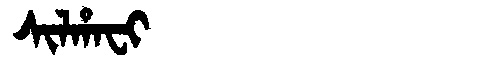
Manchu: ᠰᡳᠯᡥᠠᠸᡳ
Romanization: SILHAFI